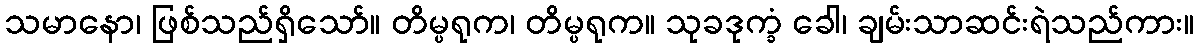
သမာနော၊ ဖြစ်သည်ရှိသော်။ တိမ္ပရုက၊ တိမ္ပရုက။ သုခဒုက္ခံ ခေါ၊ ချမ်းသာဆင်းရဲသည်ကား။